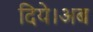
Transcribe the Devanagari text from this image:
दिये।अब